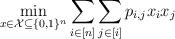
LaTeX: \begin{align*}\min_{x \in \mathcal{X} \subseteq \{0,1\}^n} & \sum_{i \in[n]} \sum_{j\in [i]} p_{i,j} x_ix_j\end{align*}